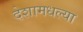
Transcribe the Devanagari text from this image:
देशामधल्या